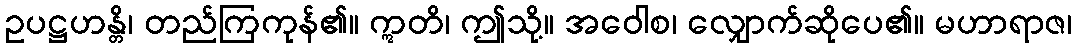
ဥပဋ္ဌဟန္တိ၊ တည်ကြကုန်၏။ ဣတိ၊ ဤသို့။ အဝေါစ၊ လျှောက်ဆိုပေ၏။ မဟာရာဇ၊